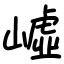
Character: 㠊